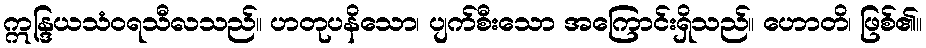
ဣန္ဒြယသံဝရသီလသည်။ ဟတုပနိသော၊ ပျက်စီးသော အကြောင်းရှိသည်။ ဟောတိ၊ ဖြစ်၏။